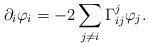
LaTeX: \begin{align*} \partial_i\varphi_i=-2\sum_{j\neq i}\Gamma_{ij}^j\varphi_j. \end{align*}